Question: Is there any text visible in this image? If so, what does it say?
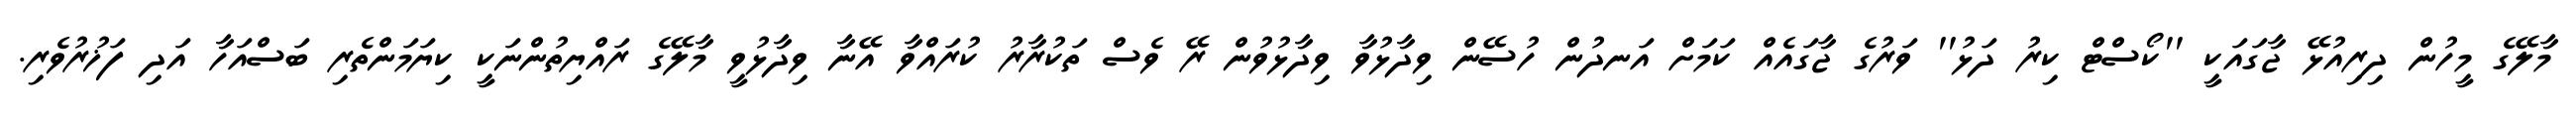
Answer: މާލޭގެ މީހުން ދިރިއުޅޭ ޖާގައަކީ ''ކޯސްޓް ކިރު ދަޅު'' ވަރުގެ ޖާގައެއް ކަމަށް އަނދުން ހުސޭން ވިދާޅުވާ ވިދާޅުވުން ރޭ ވެސް ތަކުރާރު ކުރައްވާ އޭނާ ވިދާޅުވީ މާލޭގެ ރައްޔިތުންނަކީ ކިޔަމަންތެރި ބަސްއަހާ އަދި ފަޚުރުވެރި.